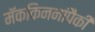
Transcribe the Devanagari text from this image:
मॅककिननांपैकी